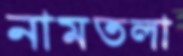
নামতলা